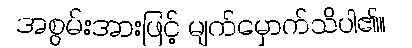
အစွမ်းအားဖြင့် မျက်မှောက်သိပါ၏။